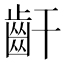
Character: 𪗙